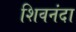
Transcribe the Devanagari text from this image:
शिवनंदा